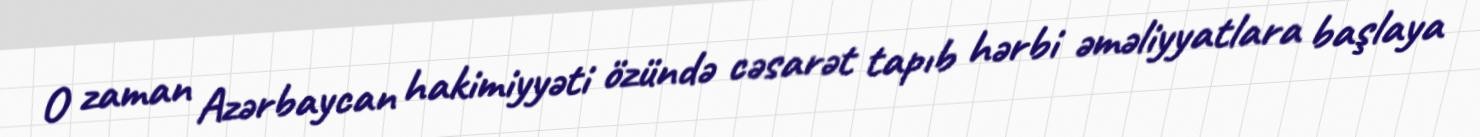
O zaman Azərbaycan hakimiyyəti özündə cəsarət tapıb hərbi əməliyyatlara başlaya